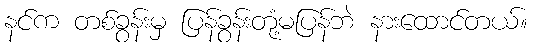
နင်က တစ်ခွန်းမှ ပြန်ခွန်းတုံ့မပြန်ဘဲ နားထောင်တယ်။